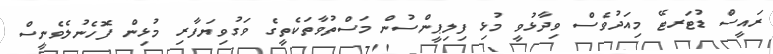
ރައީސް ޑުޓަރޓޭ މިއަދުވެސް ވިދާޅުވީ މުޅި ފިލިޕީންސުން މަސްތުވާތަކެތީގެ ވަގުވިޔަފާރި މުޅިން ފޮހެނުލެވެނީސް